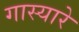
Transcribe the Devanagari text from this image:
गास्यारे